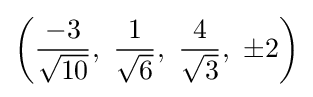
\left({\frac {-3}{\sqrt {10}}},\ {\frac {1}{\sqrt {6}}},\ {\frac {4}{\sqrt {3}}},\ \pm 2\right)